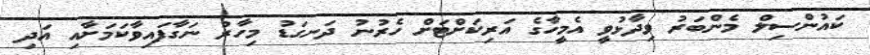
ކައުންސިލް މެންބަރު ވިދާޅުވީ އެމީހާގެ އަރިކަށްޓަށް ހެރުނު ދަނގަޑު މިހާރު ނަގާފައިވާކަމަށާއި އަދި